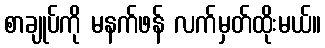
စာချုပ်ကို မနက်ဖန် လက်မှတ်ထိုးမယ်။